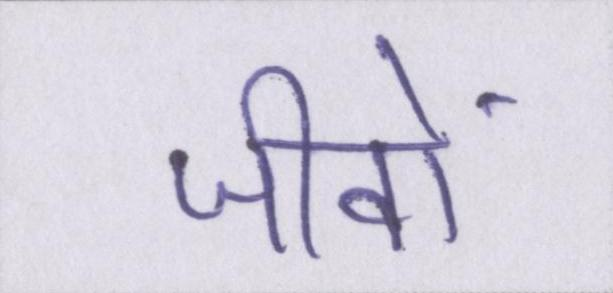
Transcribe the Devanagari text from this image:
जीवों